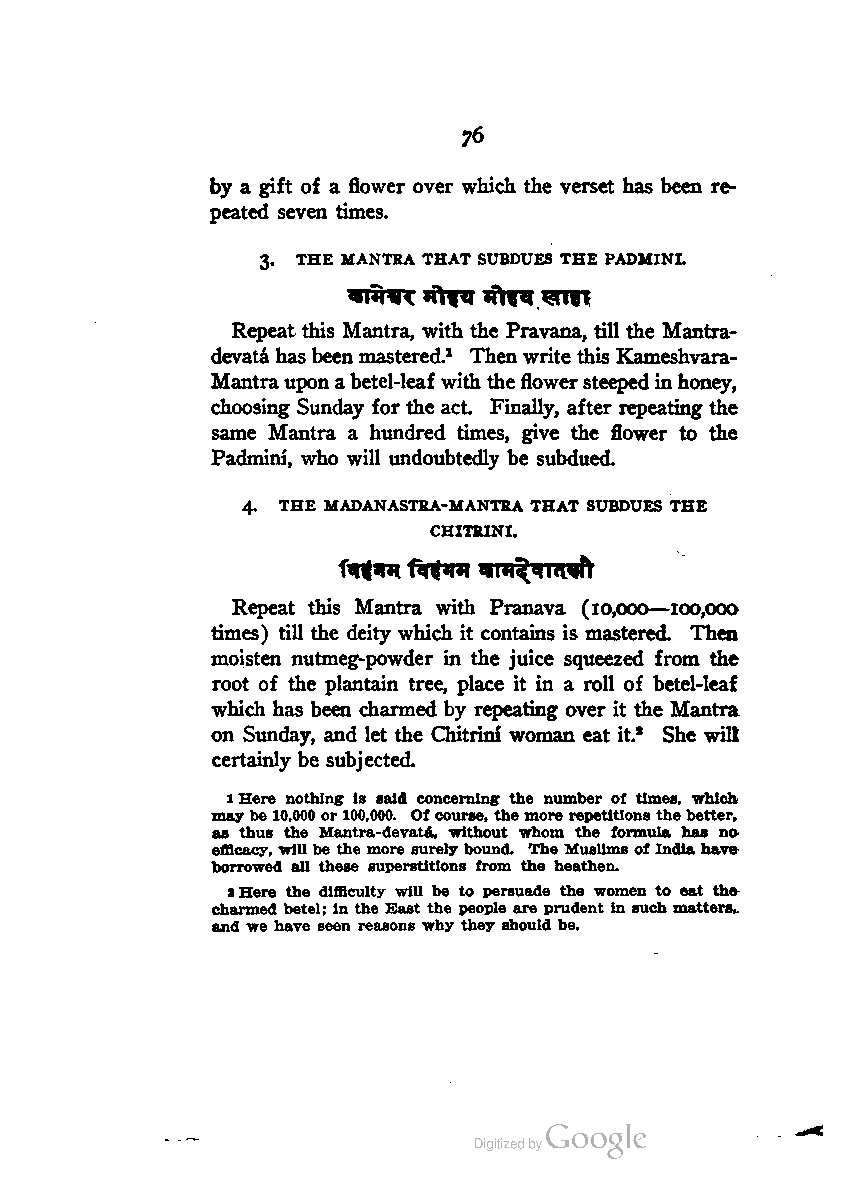
76
 by a gift of a flower over which the verset has been re
 peated seven times.
 3. THE MANTRA THAT SUBDUES THE PADMINI.
 «*<*i'«n.    *aui
 Repeat this Mantra, with the Pravana, till the Mantra-
 devata has been mastered.1 Then write this Kameshvara-
 Mantrauponabetel-leaf with the flowersteeped inhoney,
 choosing Sunday for the act. Finally, after repeating the
 same Mantra a hundred times, give the flower to the
 Padmini, who will undoubtedly be subdued.
 4. THE MADANASTRA-MANTRA THAT SUBDUES THE
 CHITRINI.
 Repeat this Mantra with Pranava (10,000—100,000
 times) till the deity which it contains is mastered. Then
 moisten nutmeg-powder in the juice squeezed from the
 root of the plantain tree, place it in a roll of betel-leaf
 which has been charmed by repeating over it the Mantra
 on Sunday, and let the Chitrini woman eat it.2 She will
 certainly be subjected.
 1Here nothing is said concerning the number of times, which
 maybe 10,000 or100,000. Ofcourse, themore repetitions thebetter,
 as thus the Mantra-devata, without whom the formula has no
 efficacy, will be the more surely bound. The Muslims ofIndiahave
 borrowed all these superstitions from the heathen.
 2Here the difficulty will be to persuade the women to eat the
 charmed betel; in the Bast the people are prudent in such matters,,
 and we have seen reasons why they should be.